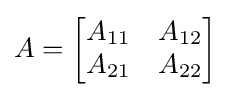
A={\begin{bmatrix}A_{11}&A_{12}\\A_{21}&A_{22}\end{bmatrix}}